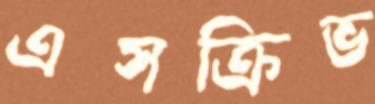
এসক্রিভ